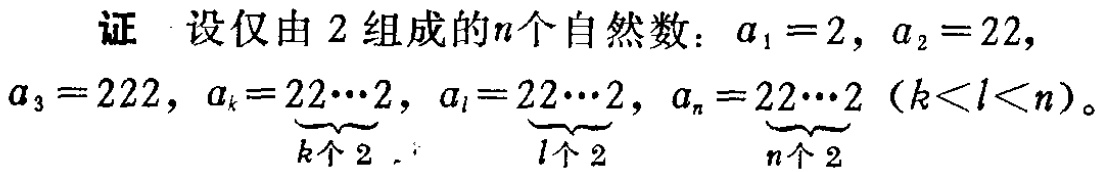
证 设仅由 2 组成的\(n\)个自然数：\(a_{1}=2\)，\(a_{2}=22\)，\(a_{3}=222\)，\(a_{k}=\underbrace{22\cdots2}_{k个2}\)，\(a_{l}=\underbrace{22\cdots2}_{l个2}\)，\(a_{n}=\underbrace{22\cdots2}_{n个2}\)（\(k < l < n\)）。